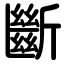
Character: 斷